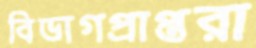
বিভাগপ্রাপ্তরা